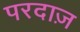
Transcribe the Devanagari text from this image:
परदाज़